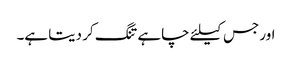
اور جس کیلئے چاہے تنگ کر دیتا ہے۔